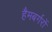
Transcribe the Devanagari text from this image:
हैमबर्गरों